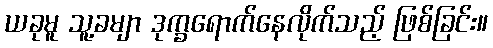
ယခုမူ သူ့ခမျာ ဒုက္ခရောက်နေလိုက်သည့် ဖြစ်ခြင်း။